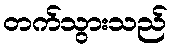
တက်သွားသည်